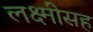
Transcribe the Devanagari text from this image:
लक्ष्मीसह